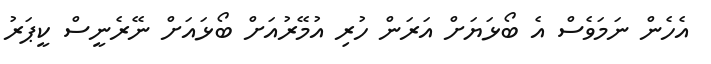
އެހެން ނަމަވެސް އެ ބޯޅަޔަށް އަރަން ހުރި އުމޭރުއަށް ބޯޅައަށް ނޭރެނީސް ކީޕަރު